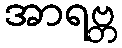
အာရဗ္ဘ